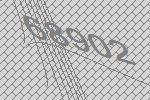
68902